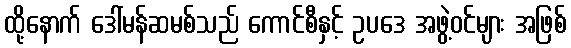
ထို့နောက် ဒေါ်မန်ဆမစ်သည် ကောင်စီနှင့် ဥပဒေ အဖွဲ့ဝင်များ အဖြစ်